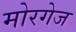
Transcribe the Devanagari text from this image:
मोरगेज